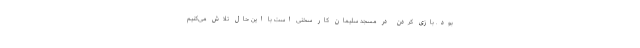
بود. بازی کردن در مسجد سلیمان کار سختی است با این حال تلاش می‌کنیم